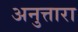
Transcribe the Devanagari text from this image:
अनुत्तारा